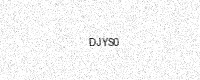
Text: DJYS0